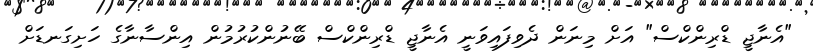
"އެނާޖީ ޑްރިންކްސް" އަށް މިނަން ދެވިފައިވަނީ އެނާޖީ ޑްރިންކްސް ބޭނުންކުރުމުން އިންސާނާގެ ހަށިގަނޑަށް